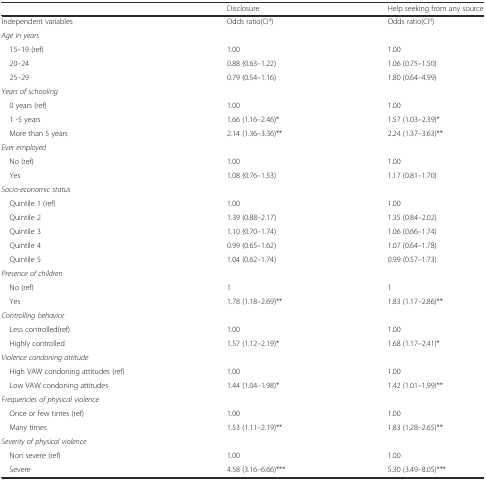
<table><thead><tr><td></td><td><b>Disclosure</b></td><td><b>Help seeking from any source</b></td></tr></thead><tbody><tr><td>Independent variables</td><td>Odds ratio(CI<sup>a</sup>)</td><td>Odds ratio(CI<sup>a</sup>)</td></tr><tr><td><i>Age in years</i></td><td></td><td></td></tr><tr><td> 15–19 (ref)</td><td>1.00</td><td>1.00</td></tr><tr><td> 20–24</td><td>0.88 (0.63–1.22)</td><td>1.06 (0.75–1.50)</td></tr><tr><td> 25–29</td><td>0.79 (0.54–1.16)</td><td>1.80 (0.64–4.99)</td></tr><tr><td><i>Years of schooling</i></td><td></td><td></td></tr><tr><td> 0 years (ref)</td><td>1.00</td><td>1.00</td></tr><tr><td> 1 -5 years</td><td>1.66 (1.16–2.46)*</td><td>1.57 (1.03–2.39)*</td></tr><tr><td> More than 5 years</td><td>2.14 (1.36–3.36)**</td><td>2.24 (1.37–3.63)**</td></tr><tr><td><i>Ever employed</i></td><td></td><td></td></tr><tr><td> No (ref)</td><td>1.00</td><td>1.00</td></tr><tr><td> Yes</td><td>1.08 (0.76–1.53)</td><td>1.17 (0.81–1.70)</td></tr><tr><td><i>Socio-economic status</i></td><td></td><td></td></tr><tr><td> Quintile 1 (ref)</td><td>1.00</td><td>1.00</td></tr><tr><td> Quintile 2</td><td>1.39 (0.88–2.17)</td><td>1.35 (0.84–2.02)</td></tr><tr><td> Quintile 3</td><td>1.10 (0.70–1.74)</td><td>1.06 (0.66–1.74)</td></tr><tr><td> Quintile 4</td><td>0.99 (0.65–1.62)</td><td>1.07 (0.64–1.78)</td></tr><tr><td> Quintile 5</td><td>1.04 (0.62–1.74)</td><td>0.99 (0.57–1.73)</td></tr><tr><td><i>Presence of children</i></td><td></td><td></td></tr><tr><td> No (ref)</td><td>1</td><td>1</td></tr><tr><td> Yes</td><td>1.78 (1.18–2.69)**</td><td>1.83 (1.17–2.86)**</td></tr><tr><td><i>Controlling behavior</i></td><td></td><td></td></tr><tr><td> Less controlled(ref)</td><td>1.00</td><td>1.00</td></tr><tr><td> Highly controlled</td><td>1.57 (1.12–2.19)*</td><td>1.68 (1.17–2.41)*</td></tr><tr><td><i>Violence condoning attitude</i></td><td></td><td></td></tr><tr><td> High VAW condoning attitudes (ref)</td><td>1.00</td><td>1.00</td></tr><tr><td> Low VAW condoning attitudes</td><td>1.44 (1.04–1.98)*</td><td>1.42 (1.01–1.99)**</td></tr><tr><td><i>Frequencies of physical violence</i></td><td></td><td></td></tr><tr><td> Once or few times (ref)</td><td>1.00</td><td>1.00</td></tr><tr><td> Many times</td><td>1.53 (1.11–2.19)**</td><td>1.83 (1.28–2.65)**</td></tr><tr><td><i>Severity of physical violence</i></td><td></td><td></td></tr><tr><td> Non severe (ref)</td><td>1.00</td><td>1.00</td></tr><tr><td> Severe</td><td>4.58 (3.16–6.66)***</td><td>5.30 (3.49–8.05)***</td></tr></tbody></table>